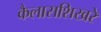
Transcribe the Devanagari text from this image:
कैलासशिखरे